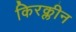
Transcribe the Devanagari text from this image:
किरक्लीन